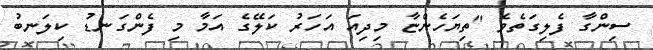
ސިންގާ ފެލިގަތެވެ "ތިޔަހެންޏާ މިދިއަ އަހަރު ކަލޭގެ އަމާ މި ފެންގަނޑު ކިލަނބު